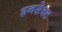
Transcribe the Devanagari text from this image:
इनसेक्ट